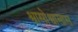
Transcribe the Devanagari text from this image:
श्वासोश्वासास